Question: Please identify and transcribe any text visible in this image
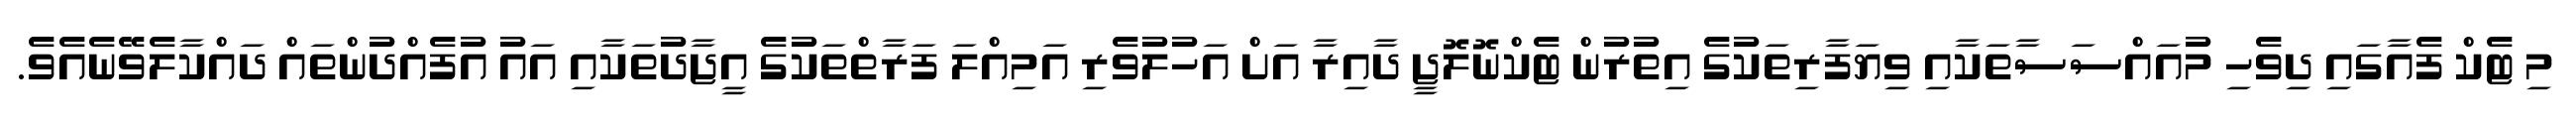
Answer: މި ޓެކް ފެއާގައި ދިވެހި މުއައްސަސާތަކާއި ވިޔަފާރިތަކުގެ އިތުރުން ޓެކްނޮލޮޖީ ދާއިރާ އަށް އަހުލުވެރި އަމިއްލަ ފަރާތްތަކުގެ އީޖާދުތަކާއި އައު އުފެއްދުންތައް ދައްކާލެވޭނެއެވެ.